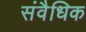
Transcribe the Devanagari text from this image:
संवैधिक